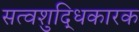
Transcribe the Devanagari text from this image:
सत्वशुद्धिकारक